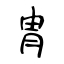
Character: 胄